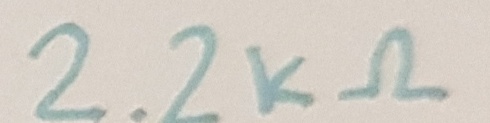
Text: 2.2kΩ